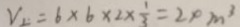
V _ { 2 } = 6 \times 6 \times 2 \times \frac { 1 } { 3 } = 2 0 m ^ { 3 }